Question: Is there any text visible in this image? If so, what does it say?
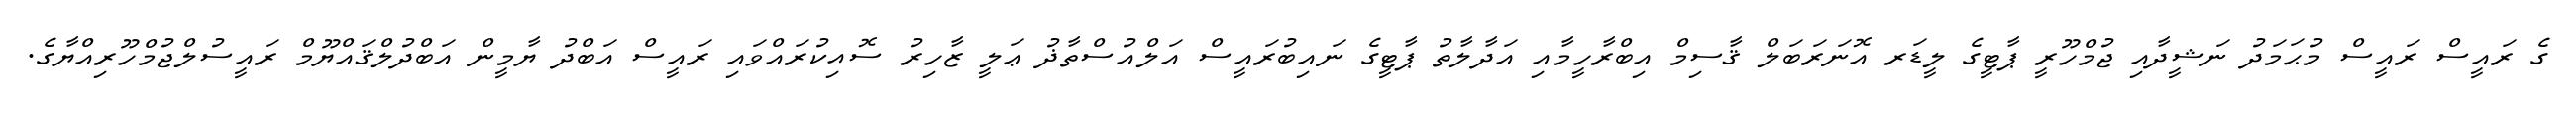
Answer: ގެ ރައީސް ރައީސް މުޙަމަދު ނަޝީދާއި ޖުމްހޫރީ ޕާޓީގެ ލީޑަރ އޮނަރަބަލް ޤާސިމް އިބްރާހީމާއި އަދާލާތު ޕާޓީގެ ނައިބުރައީސް އަލްއުސްތާޛު ޢަލީ ޒާހިރު ސޮއިކުރައްވައި ރައީސް އަބްދު ޔާމީން އަބްދުލްޤައްޔޫމް ރައީސުލްޖުމްހޫރިއްޔާގެ.